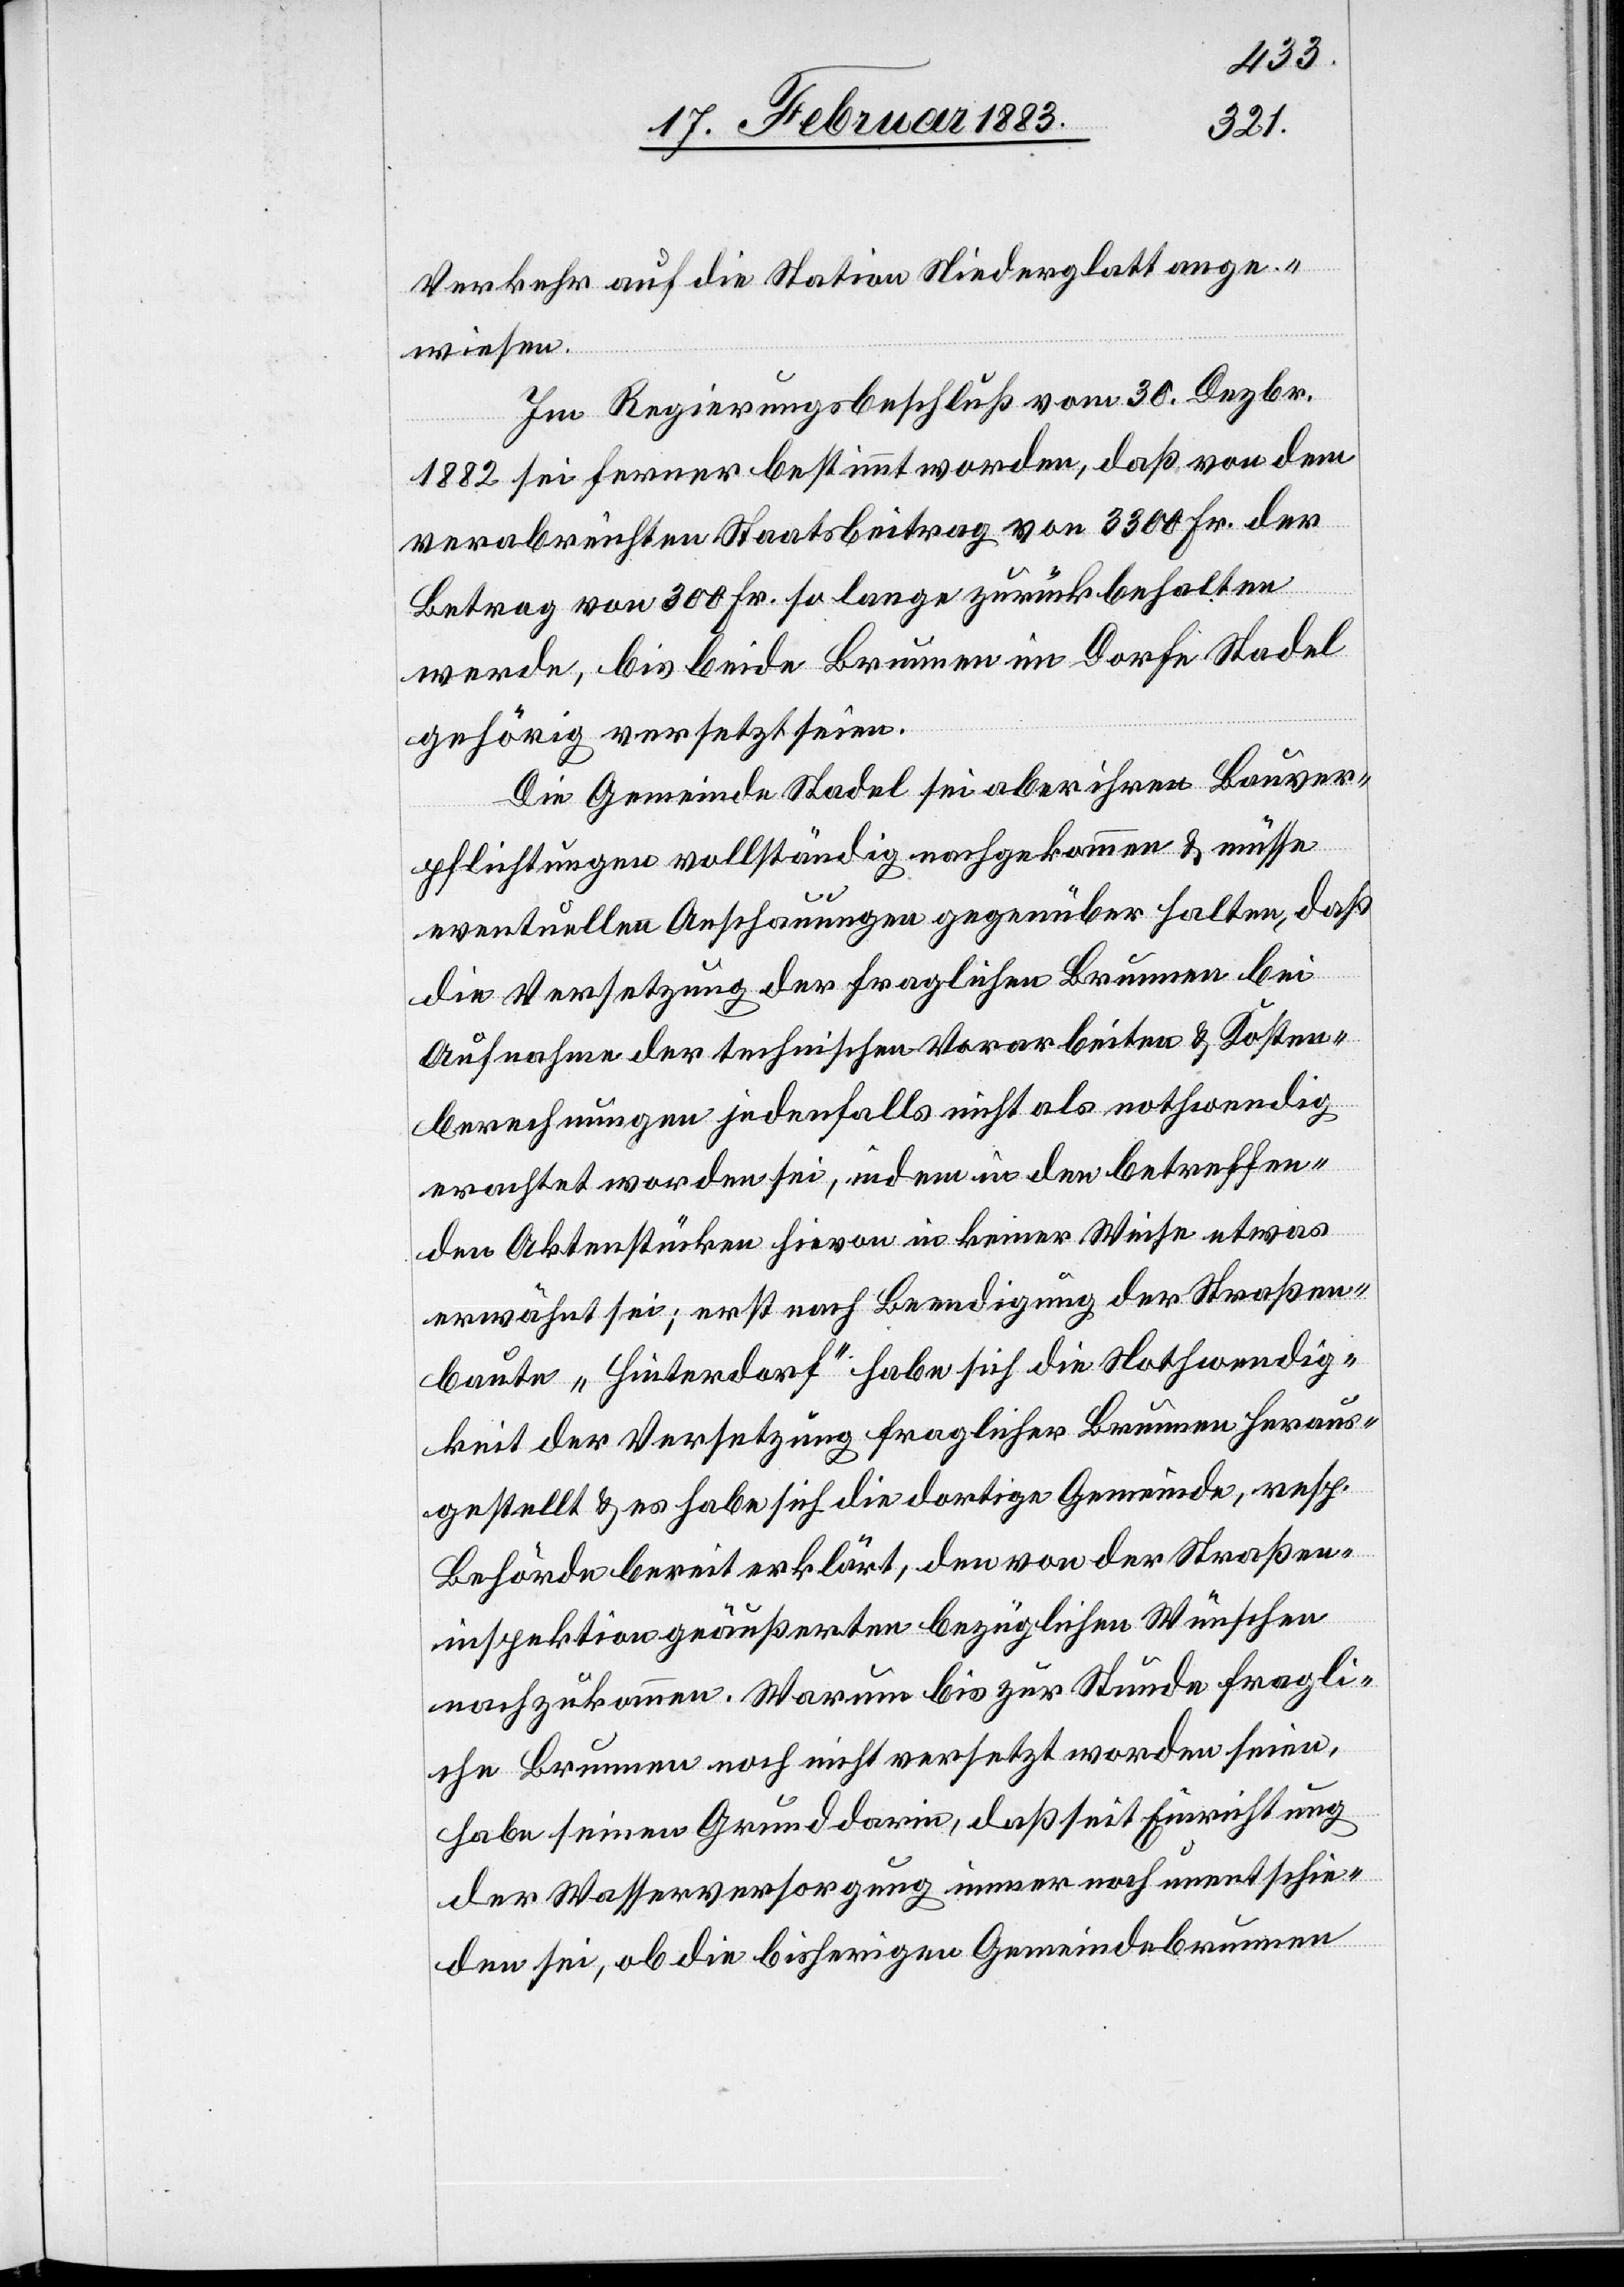
Verkehr auf die Station Niederglatt ange¬
wiesen.
Im Regierungsbeschluß vom 30. Dezbr.
1882 sei ferner bestimmt worden, daß von dem
verabreichten Staatsbeitrag von 3300 Fr. der
Betrag von 300 Fr. so lange zurückbehalten
werde, bis beide Brunnen im Dorfe Stadel
gehörig versetzt seien.
Die Gemeinde Stadel sei aber ihren Bauver¬
pflichtungen vollständig nachgekommen & müsse
eventuellen Anschauungen gegenüber halten, daß
die Versetzung der fraglichen Brunnen bei
Aufnahme der technischen Vorarbeiten & Kosten¬
berechnungen jedenfalls nicht als nothwendig
erachtet worden sei, indem in den betreffen¬
den Aktenstücken hievon in keiner Weise etwas
erwähnt sei; erst nach Beendigung der Straßen¬
baute «Hinterdorf» habe sich die Nothwendig¬
keit der Versetzung fraglicher Brunnen heraus¬
gestellt & es habe sich die dortige Gemeinde, resp.
Behörde bereit erklärt, den von der Straßen¬
inspektion geäußerten bezüglichen Wünschen
nachzukommen. Warum bis zur Stunde fragli¬
che Brunnen noch nicht versetzt worden seien,
habe seinen Grund darin, daß seit Einrichtung
der Wasserversorgung immer noch unentschie¬
den sei, ob die bisherigen Gemeindebrunnen